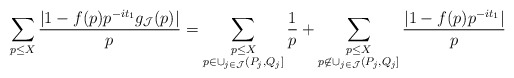
\begin{align*}\sum_{p \leq X} \frac{|1-f(p)p^{-it_1} g_{\mathcal{J}}(p)|}{p} & = \sum_{\substack{p \leq X \\ p \in \cup_{j \in \mathcal{J}} (P_j, Q_j]}} \frac{1}{p} + \sum_{\substack{p \leq X \\ p \not \in \cup_{j \in \mathcal{J}} (P_j, Q_j]}} \frac{|1-f(p)p^{-it_1}|}{p}\end{align*}